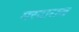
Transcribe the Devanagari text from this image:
मरदाराज